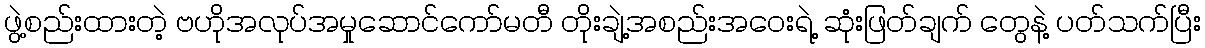
ဖွဲ့စည်းထားတဲ့ ဗဟိုအလုပ်အမှုဆောင်ကော်မတီ တိုးချဲ့အစည်းအဝေးရဲ့ ဆုံးဖြတ်ချက် တွေနဲ့ ပတ်သက်ပြီး